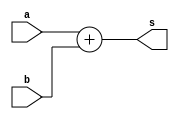
module adder(
    input a, b,
    output s);

    assign s = a + b;
endmodule